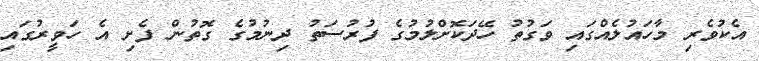
އެކުވެރި މާހައުލެއްގައި ވަގުތު ހޭދަކޮށްލުމުގެ ފުރުސަތު ދިނުމުގެ ގޮތުން ފެށި އެ ހަވީރުގައި